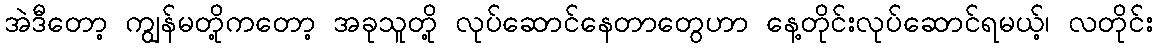
အဲဒီတော့ ကျွန်မတို့ကတော့ အခုသူတို့ လုပ်ဆောင်နေတာတွေဟာ နေ့တိုင်းလုပ်ဆောင်ရမယ့်၊ လတိုင်း